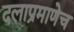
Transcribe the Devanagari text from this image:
दलाप्रमाणेच